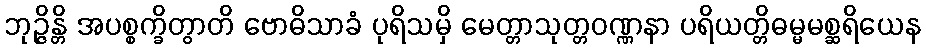
ဘုဉ္ဇိန္တိ အပစ္စက္ခိတွာတိ ဗောဓိသာခံ ပုရိသမှိ မေတ္တာသုတ္တဝဏ္ဏနာ ပရိယတ္တိဓမ္မမစ္ဆရိယေန